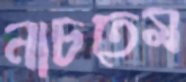
নাচতেম